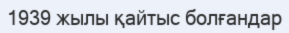
1939 жылы қайтыс болғандар